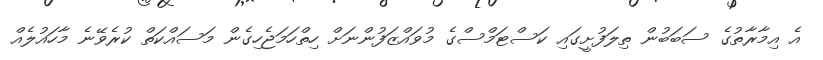
އެ އިމާރާތުގެ ސަބަބުން ތިލަފުށީގައި ކަސްޓަމްސްގެ މުވައްޒަފުންނަށް ހިތްހަމަޖެހިގެން މަސައްކަތް ކުރެވޭނެ މާހައުލެއް